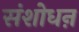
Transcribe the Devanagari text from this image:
संशोधऩ